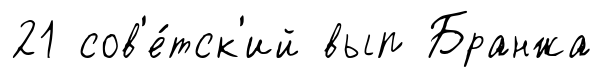
21 сов'е́тск'ий вып Бранжа